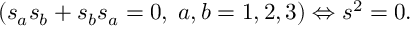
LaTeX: \left( s _ { a } s _ { b } + s _ { b } s _ { a } = 0 , \; a , b = 1 , 2 , 3 \right) \Leftrightarrow s ^ { 2 } = 0 .